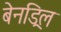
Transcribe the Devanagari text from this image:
बेनड्रिल